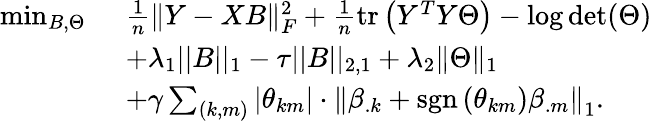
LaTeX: \begin{array}{rl}{\operatorname*{min}_{B,\Theta}~}&{\frac{1}{n}\| Y-XB\| _{F}^{2}+\frac{1}{n}\operatorname{tr}\left(Y^{T}Y\Theta\right)-\log\det(\Theta)}\\ &{+\lambda_{1}||B||_{1}-\tau||B||_{2,1}+\lambda_{2}\| \Theta\| _{1}}\\ &{+\gamma\sum_{(k,m)}\left|\theta_{km}\right|\cdot\left\| \beta_{.k}+\operatorname{sgn}\left(\theta_{km}\right)\beta_{.m}\right\| _{1}.}\end{array}